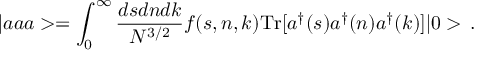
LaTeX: | a a a > = \int _ { 0 } ^ { \infty } \frac { d s d n d k } { N ^ { 3 / 2 } } f ( s , n , k ) \mathrm { T r } [ a ^ { \dagger } ( s ) a ^ { \dagger } ( n ) a ^ { \dagger } ( k ) ] | 0 > \, .